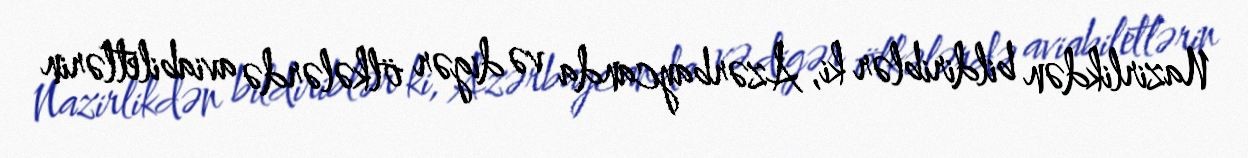
Nazirlikdən bildiriblər ki, Azərbaycanda və digər ölkələrdə aviabiletlərin